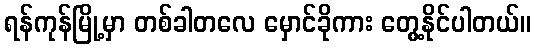
ရန်ကုန်မြို့မှာ တစ်ခါတလေ မှောင်ခိုကား တွေ့နိုင်ပါတယ်။